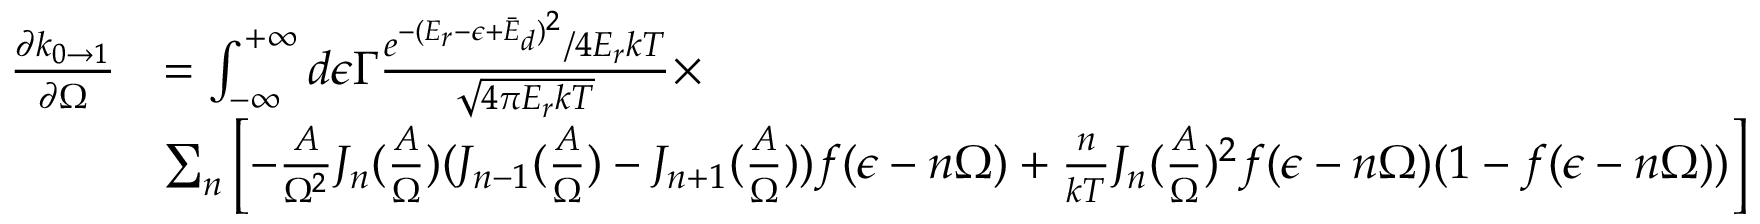
\begin{array} { r l } { \frac { \partial k _ { 0 \rightarrow 1 } } { \partial \Omega } } & { = \int _ { - \infty } ^ { + \infty } d \epsilon \Gamma \frac { e ^ { - ( E _ { r } - \epsilon + \bar { E } _ { d } ) ^ { 2 } } / 4 E _ { r } k T } { \sqrt { 4 \pi E _ { r } k T } } \times } \\ & { \sum _ { n } \left[ - \frac { A } { \Omega ^ { 2 } } J _ { n } ( \frac { A } { \Omega } ) ( J _ { n - 1 } ( \frac { A } { \Omega } ) - J _ { n + 1 } ( \frac { A } { \Omega } ) ) f ( \epsilon - n \Omega ) + \frac { n } { k T } J _ { n } ( \frac { A } { \Omega } ) ^ { 2 } f ( \epsilon - n \Omega ) ( 1 - f ( \epsilon - n \Omega ) ) \right] } \end{array}